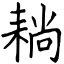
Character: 耥